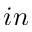
{ i n }